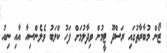
ޒޯން މުބާރާތުގައި ރަސްދޫ ޓީމުން ވިދާލުމަށް ފަހު ކްލަބު ވެލެންސިއާ އާއި ނިއު